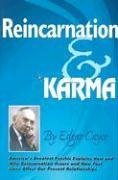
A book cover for Reincarnation & Karma (Edgar Cayce Series); Edgar Cayce; Religion & Spirituality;